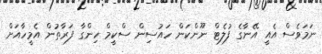
ނަމަވެސް އެއީ އޭނާގެ ފުލެޓް ނޫންކަން ހައުސިން ސްކީމް ހިންގާ ފަރާތުން އެމީހާއަށް